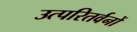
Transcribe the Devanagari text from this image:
उत्परितर्वनों